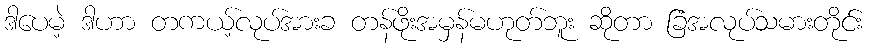
ဒါပေမဲ့ ဒါဟာ တကယ့်လုပ်အားခ တန်ဖိုးအမှန်မဟုတ်ဘူး ဆိုတာ ခြံအလုပ်သမားတိုင်း